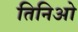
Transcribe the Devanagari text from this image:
तिनिओ